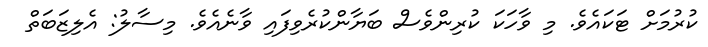
ކުރުމަށް ޓަކައެވެ. މި ވާހަކަ ކުރިންވެސް ބަޔާންކުރެވިފައި ވާނެއެވެ. މިސާލު: އެލިޒަބަތް